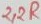
Text: 2,2R